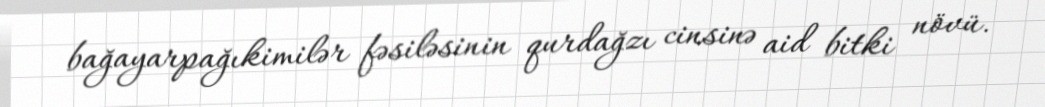
bağayarpağıkimilər fəsiləsinin qurdağzı cinsinə aid bitki növü.